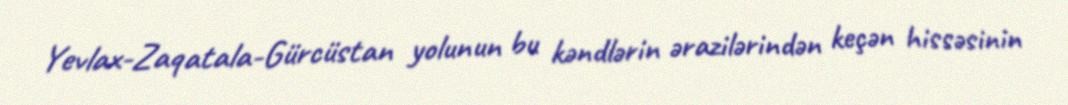
Yevlax-Zaqatala-Gürcüstan yolunun bu kəndlərin ərazilərindən keçən hissəsinin